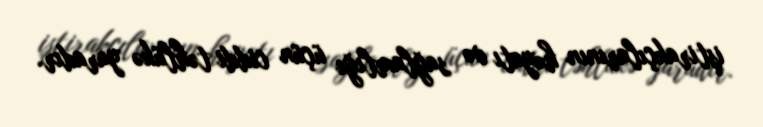
iştirakçılarının həyatı və sağlamlığı üçün ciddi təhlükə yaradır.